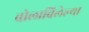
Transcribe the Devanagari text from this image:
बोलाविलेल्या